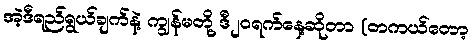
အဲ့ဒီရည်ရွယ်ချက်နဲ့ ကျွန်မတို့ ဒီ၂၀ရက်နေ့ဆိုတာ (တကယ်တော့